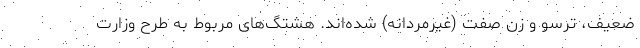
ضعیف، ترسو و زن صفت (غیرمردانه) شده‌اند. هشتگ‌های مربوط به طرح وزارت